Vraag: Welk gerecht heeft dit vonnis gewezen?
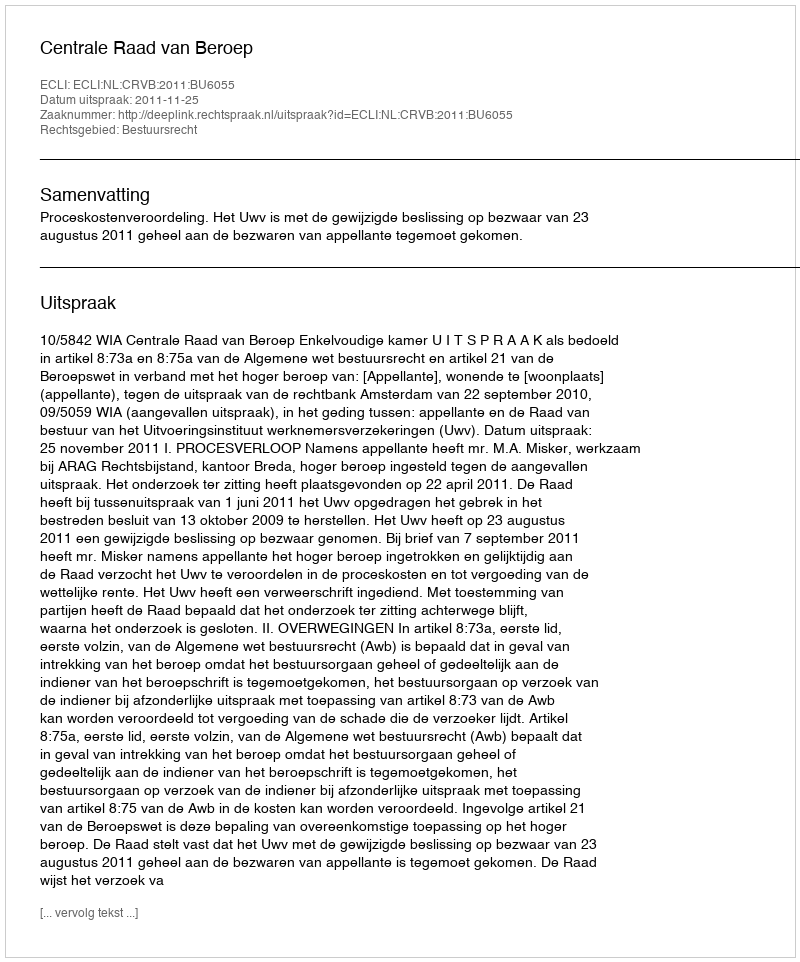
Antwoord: Centrale Raad van Beroep